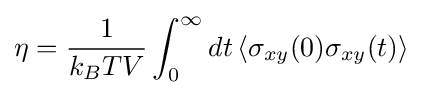
\eta ={\frac {1}{k_{B}TV}}\int _{0}^{\infty }dt\,\langle \sigma _{xy}(0)\sigma _{xy}(t)\rangle